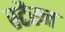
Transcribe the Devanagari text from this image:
स्टैरन